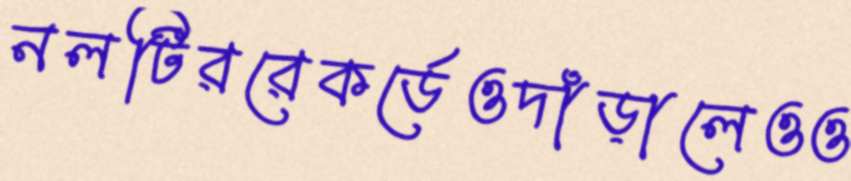
নলটিররেকর্ডেওদাঁড়ালেওও